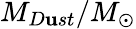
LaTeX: M_{D\mathbf{u}st}/M_{\odot}